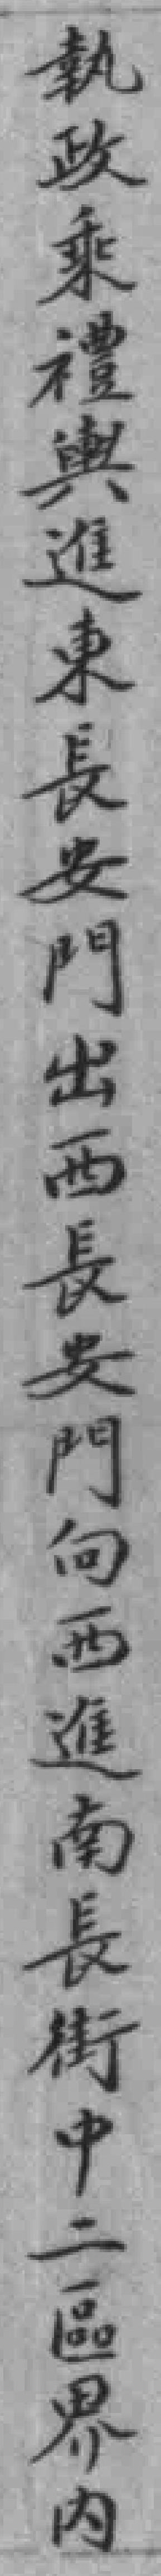
執政乘禮與進東長安門出西長安門向西進南長街中二區界內